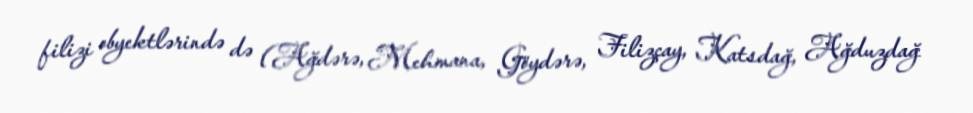
filizi obyektlərində də (Ağdərə, Mehmana, Göydərə, Filizçay, Katsdağ, Ağduzdağ